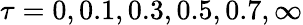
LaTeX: \tau=0,0.1,0.3,0.5,0.7,\infty